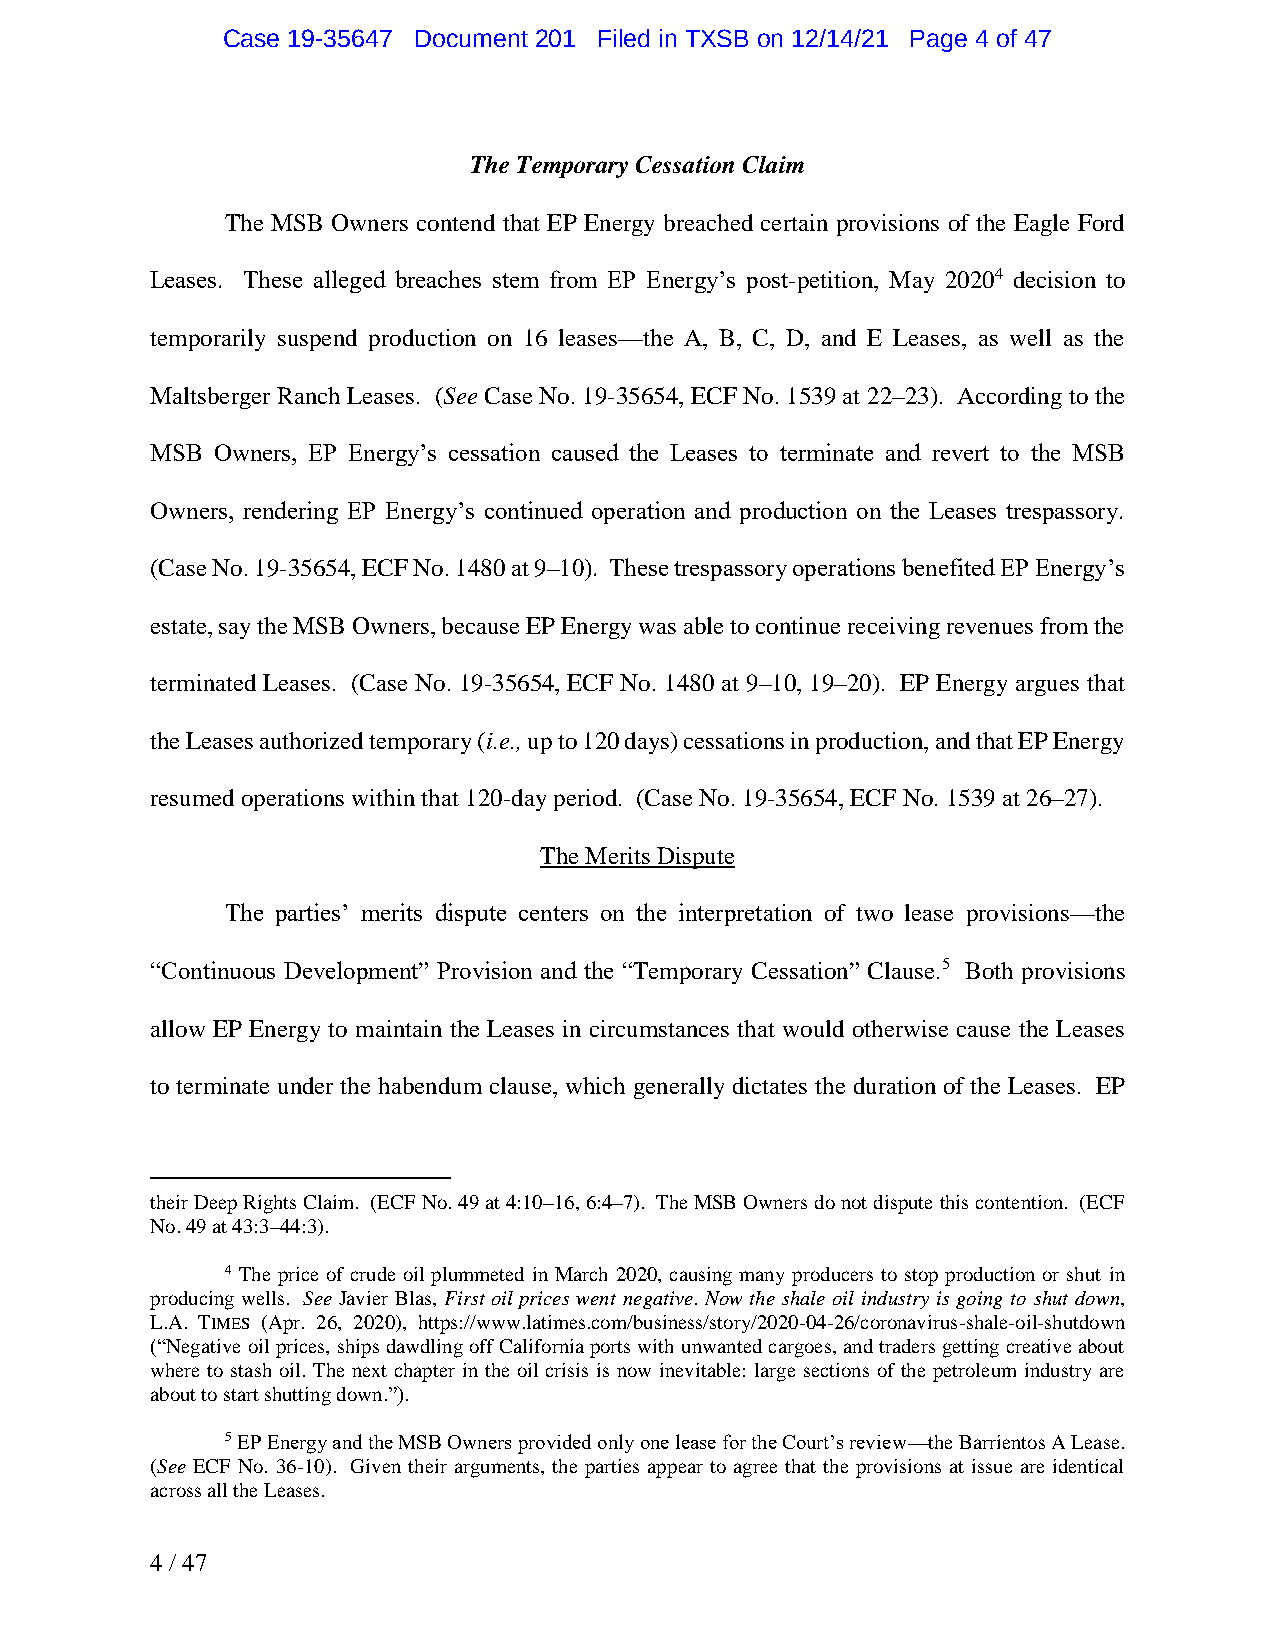
Case 19-35647 Document 201 Filed in TXSB on 12/14/21 Page 4 of 47
 The Temporary Cessation Claim
 The MSB Owners contend that EP Energy breached certain provisions of the Eagle Ford
 Leases. These alleged breaches stem from EP Energy’s post-petition, May 20204 decision to
 temporarily suspend production on 16 leases—the A, B, C, D, and E Leases, as well as the
 Maltsberger Ranch Leases. (See Case No. 19-35654, ECF No. 1539 at 22–23). According to the
 MSB Owners, EP Energy’s cessation caused the Leases to terminate and revert to the MSB
 Owners, rendering EP Energy’s continued operation and production on the Leases trespassory.
 (Case No. 19-35654, ECF No. 1480 at 9–10). These trespassory operations benefited EP Energy’s
 estate, say the MSB Owners, because EP Energy was able to continue receiving revenues from the
 terminated Leases. (Case No. 19-35654, ECF No. 1480 at 9–10, 19–20). EP Energy argues that
 the Leases authorized temporary (i.e., up to 120 days) cessations in production, and that EP Energy
 resumed operations within that 120-day period. (Case No. 19-35654, ECF No. 1539 at 26–27).
 The Merits Dispute
 The parties’ merits dispute centers on the interpretation of two lease provisions—the
 “Continuous Development” Provision and the “Temporary Cessation” Clause.5 Both provisions
 allow EP Energy to maintain the Leases in circumstances that would otherwise cause the Leases
 to terminate under the habendum clause, which generally dictates the duration of the Leases. EP
 their Deep Rights Claim. (ECF No. 49 at 4:10–16, 6:4–7). The MSB Owners do not dispute this contention. (ECF
 No. 49 at 43:3–44:3).
 4 The price of crude oil plummeted in March 2020, causing many producers to stop production or shut in
 producing wells. See Javier Blas, First oil prices went negative. Now the shale oil industry is going to shut down,
 L.A. TIMES (Apr. 26, 2020), https://www.latimes.com/business/story/2020-04-26/coronavirus-shale-oil-shutdown
 (“Negative oil prices, ships dawdling off California ports with unwanted cargoes, and traders getting creative about
 where to stash oil. The next chapter in the oil crisis is now inevitable: large sections of the petroleum industry are
 about to start shutting down.”).
 5 EP Energy and the MSB Owners provided only one lease for the Court’s review—the Barrientos A Lease.
 (See ECF No. 36-10). Given their arguments, the parties appear to agree that the provisions at issue are identical
 across all the Leases.
 4 / 47